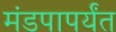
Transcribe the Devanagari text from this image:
मंडपापर्यंत